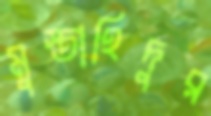
মুস্তাহিদুর